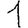
Digit: 1